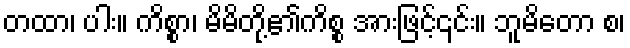
တထာ၊ ပါး။ ကိစ္စာ၊ မိမိတို့၏ကိစ္စ အားဖြင့်၎င်း။ ဘူမိတော စ၊